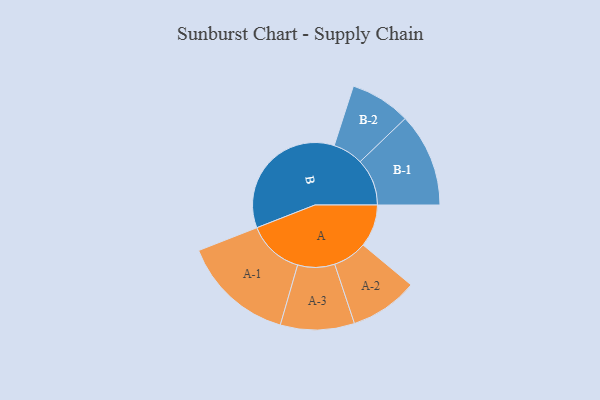
{"axis": {"x": "Segment", "y": "Value"}, "legend": ["", "A", "B"], "data": [{"x": "A", "y": 146, "type": ""}, {"x": "B", "y": 475, "type": ""}, {"x": "A-1", "y": 193, "type": "A"}, {"x": "A-2", "y": 117, "type": "A"}, {"x": "A-3", "y": 127, "type": "A"}, {"x": "B-1", "y": 161, "type": "B"}, {"x": "B-2", "y": 104, "type": "B"}]}